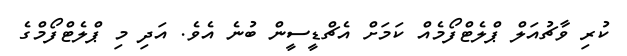
ކުރި ވާޗުއަލް ޕްލެޓްފޯމެއް ކަމަށް އެޗްޑީސީން ބުނެ އެވެ. އަދި މި ޕްލެޓްފޯމްގެ